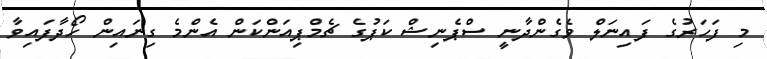
މި ފަހަރުގެ ފައިނަލް ވެގެންދާނީ ސްޕެނިޝް ކަޕުގެ ޗެމްޕިއަންކަން އެންމެ ގިނައިން ހޯދާފައިވާ